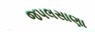
જપલસાણા